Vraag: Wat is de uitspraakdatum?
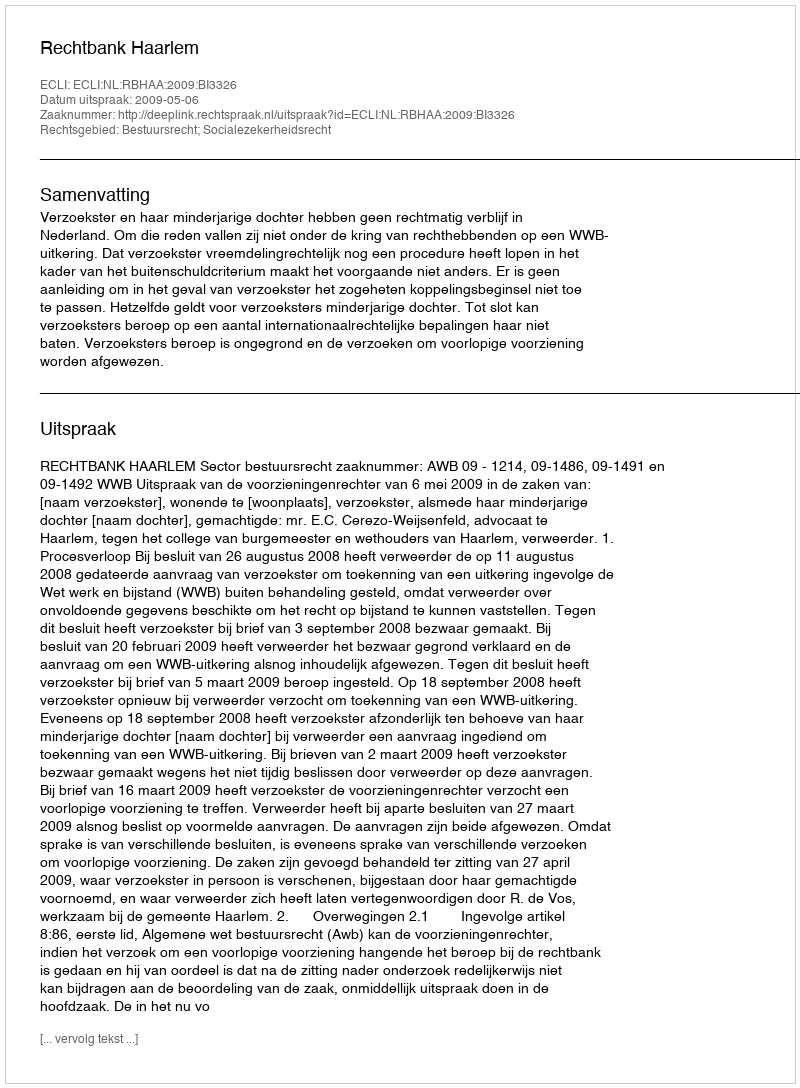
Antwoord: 2009-05-06